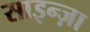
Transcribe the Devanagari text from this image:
साइन्ज़ा